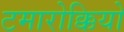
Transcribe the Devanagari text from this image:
टमारोक्कियो